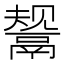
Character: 鬶